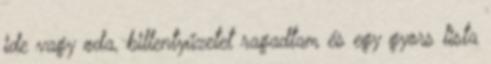
ide vagy oda, billentyűzetet ragadtam és egy gyors lista